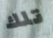
تلك